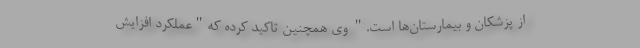
از پزشکان و بیمارستان‌ها است." وی همچنین تاکید کرده که"عملکرد افزایش